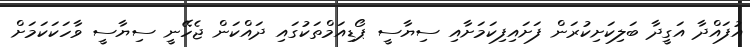
އުފައްދާ އަގީދާ ބަލިކަށިކުރަން ފަށައިފިކަމަށާއި ސިޔާސީ ޕޯޑިއަމްތަކުގައި ދައްކަން ޖެހޭނީ ސިޔާސީ ވާހަކަކަމަށް